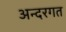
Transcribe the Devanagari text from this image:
अन्दरगत